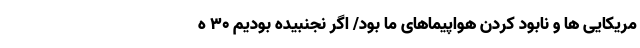
مریکایی ها و نابود کردن هواپیماهای ما بود/ اگر نجنبیده بودیم 30 ه